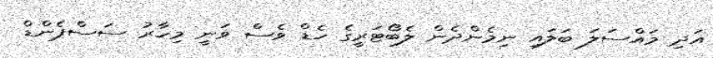
އަދި މައްސަލަ ބަލައި ނިމެންދެން ލެބޯޓަރީގެ ހެޑް ވެސް ވަނީ މިހާރު ސަސްޕެންޑް